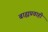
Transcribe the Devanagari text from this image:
बाह्यप्रवाही